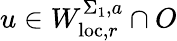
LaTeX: u\in W_{\mathrm{loc},r}^{\Sigma_{1},a}\cap O